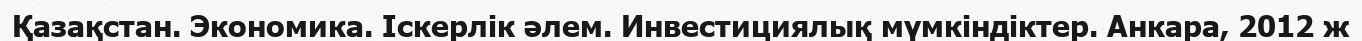
Қазақстан. Экономика. Іскерлік әлем. Инвестициялық мүмкіндіктер. Анкара, 2012 ж